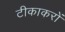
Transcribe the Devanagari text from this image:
टीकाकरों